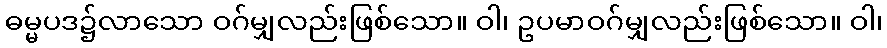
ဓမ္မပဒ၌လာသော ဝဂ်မျှလည်းဖြစ်သော။ ဝါ၊ ဥပမာဝဂ်မျှလည်းဖြစ်သော။ ဝါ၊